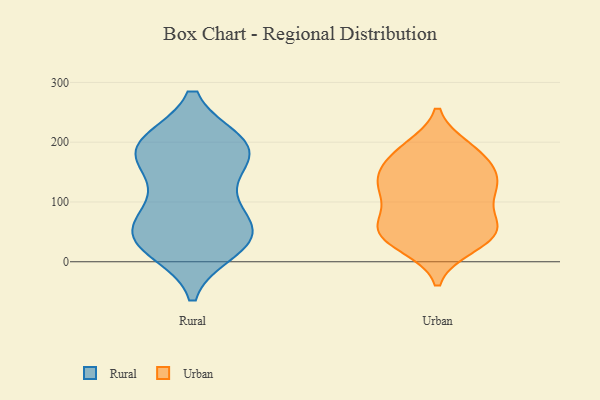
{"axis": {"x": "Revenue (USD Million)", "y": "Value"}, "legend": ["Rural", "Urban"], "data": [{"x": "", "y": 195, "type": "Rural"}, {"x": "", "y": 107, "type": "Rural"}, {"x": "", "y": 55, "type": "Rural"}, {"x": "", "y": 44, "type": "Rural"}, {"x": "", "y": 31, "type": "Rural"}, {"x": "", "y": 62, "type": "Rural"}, {"x": "", "y": 180, "type": "Rural"}, {"x": "", "y": 196, "type": "Rural"}, {"x": "", "y": 173, "type": "Rural"}, {"x": "", "y": 197, "type": "Rural"}, {"x": "", "y": 198, "type": "Rural"}, {"x": "", "y": 169, "type": "Rural"}, {"x": "", "y": 37, "type": "Rural"}, {"x": "", "y": 40, "type": "Rural"}, {"x": "", "y": 102, "type": "Rural"}, {"x": "", "y": 22, "type": "Rural"}, {"x": "", "y": 127, "type": "Urban"}, {"x": "", "y": 135, "type": "Urban"}, {"x": "", "y": 65, "type": "Urban"}, {"x": "", "y": 147, "type": "Urban"}, {"x": "", "y": 126, "type": "Urban"}, {"x": "", "y": 46, "type": "Urban"}, {"x": "", "y": 173, "type": "Urban"}, {"x": "", "y": 190, "type": "Urban"}, {"x": "", "y": 141, "type": "Urban"}, {"x": "", "y": 61, "type": "Urban"}, {"x": "", "y": 26, "type": "Urban"}, {"x": "", "y": 57, "type": "Urban"}, {"x": "", "y": 106, "type": "Urban"}, {"x": "", "y": 110, "type": "Urban"}, {"x": "", "y": 59, "type": "Urban"}, {"x": "", "y": 28, "type": "Urban"}, {"x": "", "y": 45, "type": "Urban"}, {"x": "", "y": 189, "type": "Urban"}, {"x": "", "y": 178, "type": "Urban"}]}